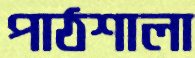
পাঠশালা